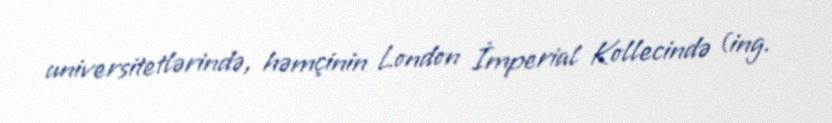
universitetlərində, həmçinin London İmperial Kollecində (ing.